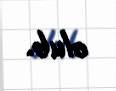
olub.